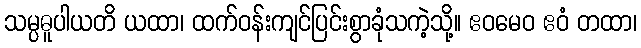
သမ္ပဓူပါယတိ ယထာ၊ ထက်ဝန်းကျင်ပြင်းစွာခုံသကဲ့သို့။ ဧဝမေဝ ဧဝံ တထာ၊